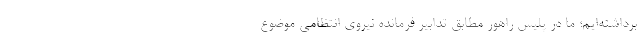
برداشته‌ایم؛ ما در پلیس راهور مطابق تدابیر فرمانده نیروی انتظامی موضوع